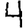
Digit: 4